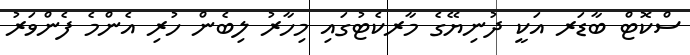
ސްކޮޓް ބާޑަރ އަކީ ދުނިޔޭގެ މާރކެޓުގައި މިހާރު ލިބެން ހުރި އެންމެ ފެންވަރު